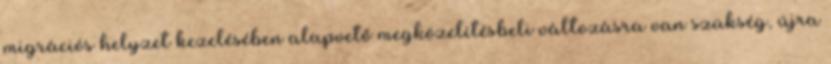
migrációs helyzet kezelésében alapvető megközelítésbeli változásra van szükség, újra